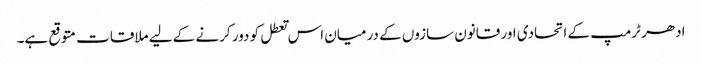
ادھر ٹرمپ کے اتحادی اور قانون سازوں کے درمیان اس تعطل کو دور کرنے کے لیے ملاقات متوقع ہے۔